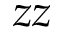
z z